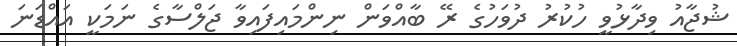
ޝުޖާއު ވިދާޅުވީ ހުކުރު ދުވަހުގެ ރޭ ބާއްވަން ނިންމައިފައިވާ ޖަލްސާގެ ނަމަކީ އައްޑަނަ